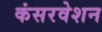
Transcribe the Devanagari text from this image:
कंसरवेशन